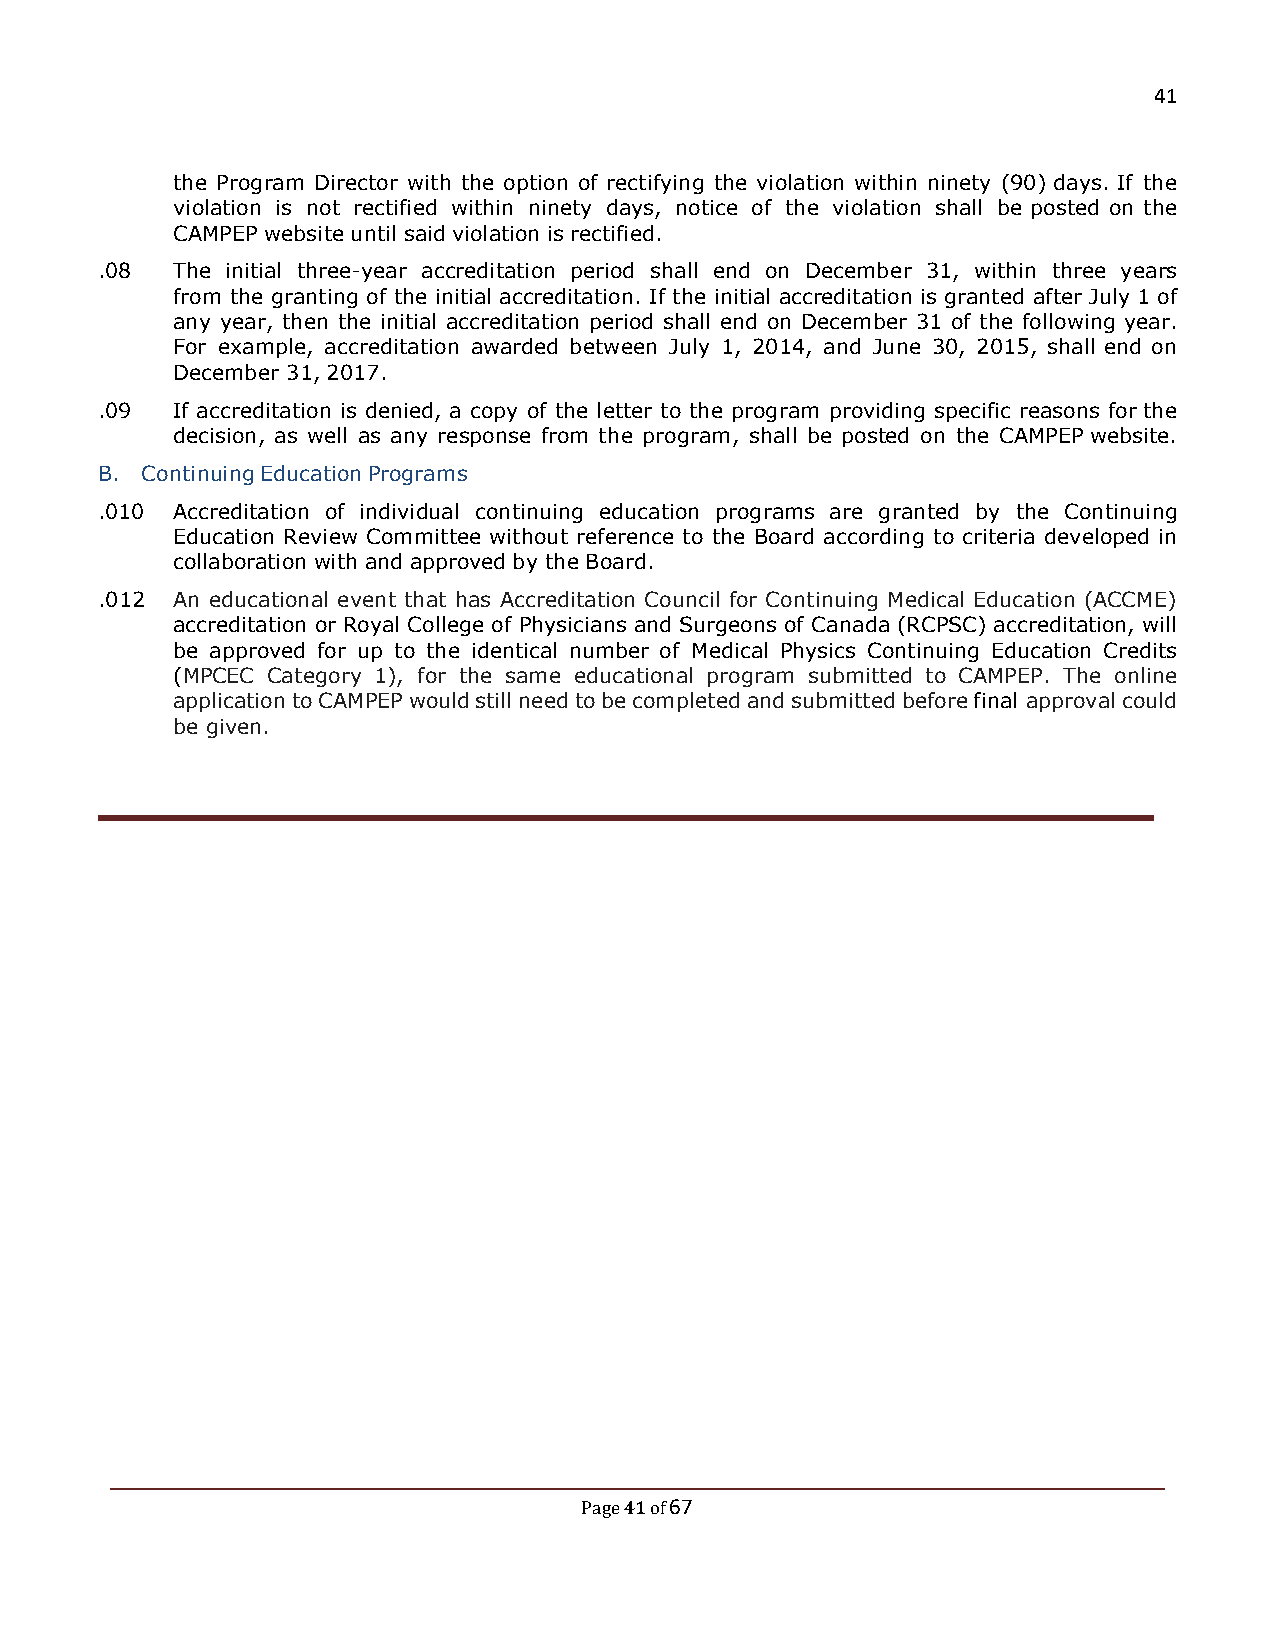
41
 the Program Director with the option of rectifying the violation within ninety (90) days. If the
 violation is not rectified within ninety days, notice of the violation shall be posted on the
 CAMPEP website until said violation is rectified.
 .08  The initial three-year accreditation period shall end on December 31, within three years
 from the granting of the initial accreditation. If the initial accreditation is granted after July 1 of
 any year, then the initial accreditation period shall end on December 31 of the following year.
 For example, accreditation awarded between July 1, 2014, and June 30, 2015, shall end on
 December 31, 2017.
 .09  If accreditation is denied, a copy of the letter to the program providing specific reasons for the
 decision, as well as any response from the program, shall be posted on the CAMPEP website.
 B. Continuing Education Programs
 .010 Accreditation of individual continuing education programs are granted by the Continuing
 Education Review Committee without reference to the Board according to criteria developed in
 collaboration with and approved by the Board.
 .012 An educational event that has Accreditation Council for Continuing Medical Education (ACCME)
 accreditation or Royal College of Physicians and Surgeons of Canada (RCPSC) accreditation, will
 be approved for up to the identical number of Medical Physics Continuing Education Credits
 (MPCEC Category 1), for the same educational program submitted to CAMPEP. The online
 application to CAMPEP would still need to be completed and submitted before final approval could
 be given.
 41 67
 Page of